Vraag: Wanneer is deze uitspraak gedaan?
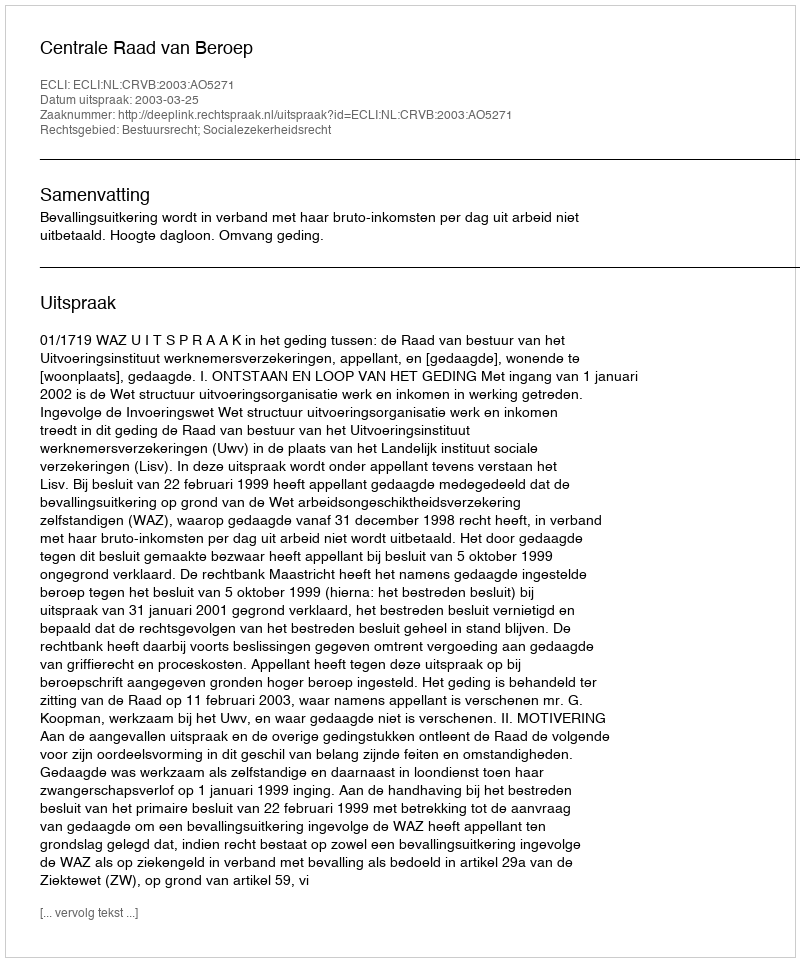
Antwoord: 2003-03-25